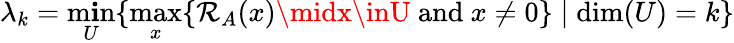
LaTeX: \lambda_{k}=\operatorname*{m\mathbf{i}n}_{U}\{ \operatorname*{max}_{x}\{ \mathcal{R}_{A}(x)\midx\inU{\mathrm{{~and~}}}x\neq0\} \mid\dim(U)=k\}